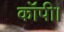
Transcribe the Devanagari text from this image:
कॉपी।